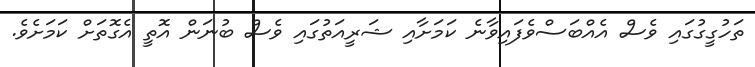
ތަހުގީގުގައި ވެސް އެއްބަސްވެފައިވާނެ ކަމަށާއި ޝަރީއަތުގައި ވެސް ބުނަން އޮތީ އެގޮތަށް ކަމަށެވެ.